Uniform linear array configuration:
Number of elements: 4
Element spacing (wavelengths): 0.25
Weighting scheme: cosine
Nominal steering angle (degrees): -45
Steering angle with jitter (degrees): -44.667
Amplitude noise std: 0.05
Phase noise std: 0.05

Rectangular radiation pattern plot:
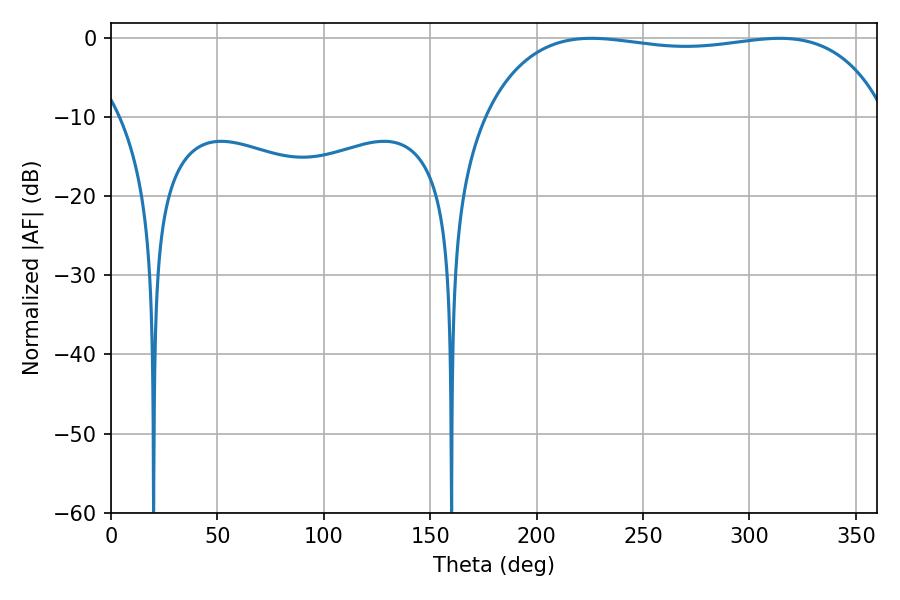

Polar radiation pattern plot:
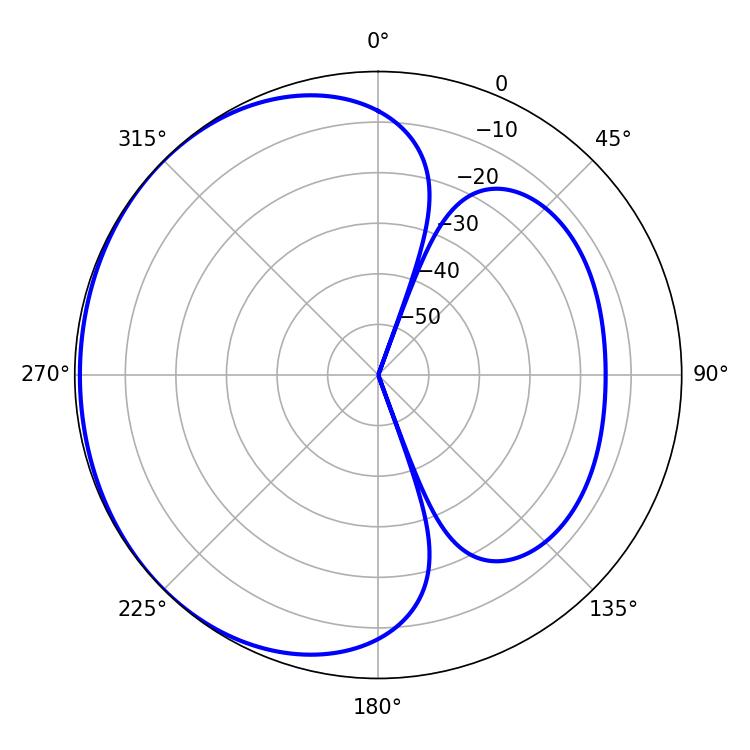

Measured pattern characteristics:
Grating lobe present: FALSE
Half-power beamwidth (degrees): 151.92
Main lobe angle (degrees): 225.72